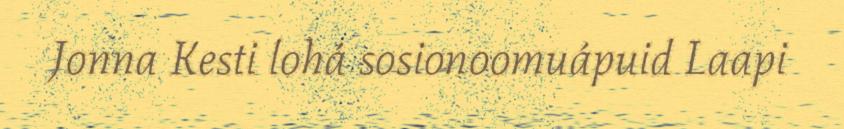
Jonna Kesti lohá sosionoomuápuid Laapi